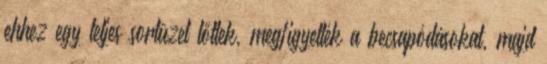
ehhez egy teljes sortüzet lőttek, megfigyelték a becsapódásokat, majd